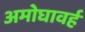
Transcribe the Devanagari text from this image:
अमोघावर्ह